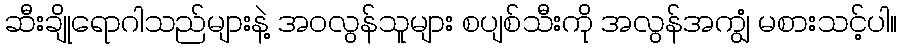
ဆီးချိုရောဂါသည်များနဲ့ အဝလွန်သူများ စပျစ်သီးကို အလွန်အကျွံ မစားသင့်ပါ။